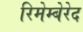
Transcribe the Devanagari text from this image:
रिमेम्बेरेद